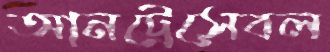
আনট্রেসেবল